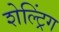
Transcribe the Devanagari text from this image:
शेल्ट्रिंग